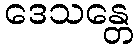
ဒေသန္တေ